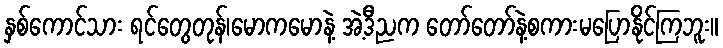
နှစ်ကောင်သား ရင်တွေတုန်၊မောကမောနဲ့ အဲ့ဒီညက တော်တော်နဲ့စကားမပြောနိုင်ကြဘူး။